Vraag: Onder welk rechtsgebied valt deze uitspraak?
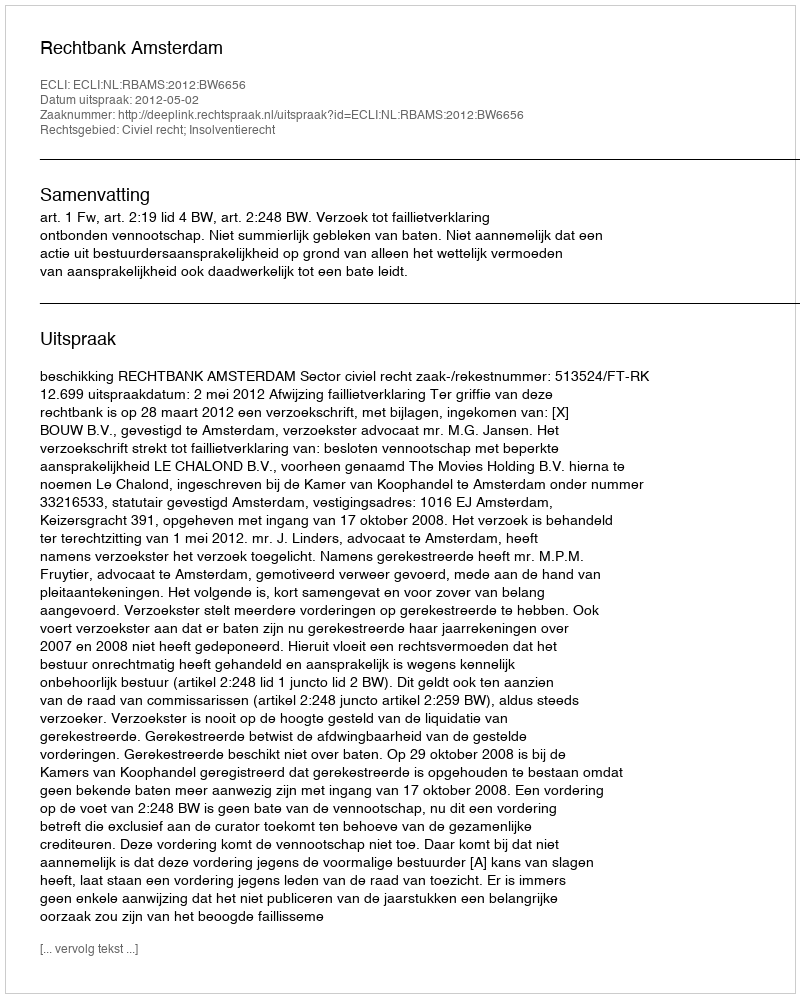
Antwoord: Civiel recht; Insolventierecht